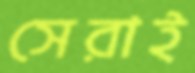
সেরাই